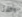
وكلانا